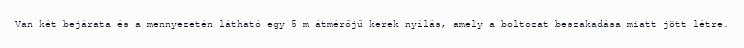
Van két bejárata és a mennyezetén látható egy 5 m átmérőjű kerek nyílás, amely a boltozat beszakadása miatt jött létre.